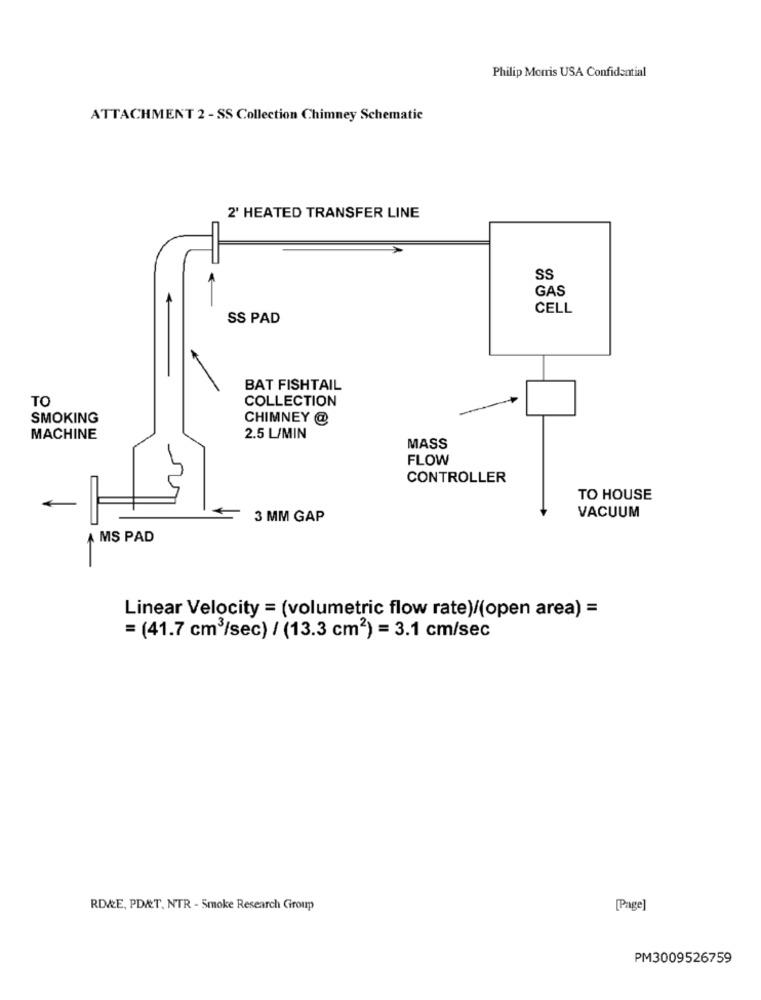
Philip Morris USA Confidential
ATTACHMENT 2 - SS Collection Chimney Schematic
2' HEATED TRANSFER LINE
SS
GAS
CELL
SS PAD
BAT FISHTAIL
TO
COLLECTION
SMOKING
CHIMNEY @
MACHINE
2.5 L/MIN
MASS
FLOW
CONTROLLER
TO HOUSE
3 MM GAP
VACUUM
A MS PAD
Linear Velocity = (volumetric flow rate)/(open area) =
= (41.7 cm3/sec) / (13.3 cm2) = 3.1 cm/sec
RD&E, PDAT. NTR - Smoke Research Group
[Page]
PM3009526759